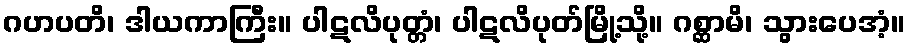
ဂဟပတိ၊ ဒါယကာကြီး။ ပါဋလိပုတ္တံ၊ ပါဋလိပုတ်မြို့သို့။ ဂစ္ဆာမိ၊ သွားပေအံ့။